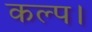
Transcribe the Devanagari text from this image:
कल्प।